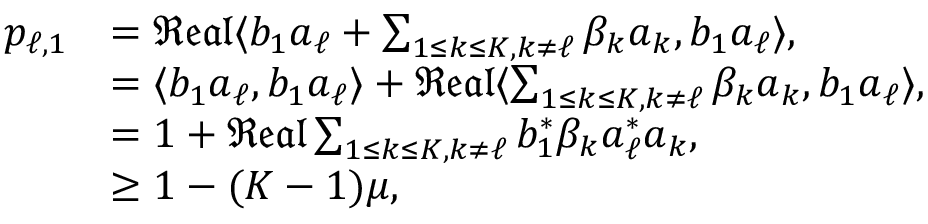
\begin{array} { r l } { p _ { \ell , 1 } } & { = \mathfrak { R e a l } \langle b _ { 1 } \ensuremath { \boldsymbol { a } } _ { \ell } + \sum _ { 1 \leq k \leq K , k \neq \ell } \beta _ { k } \ensuremath { \boldsymbol { a } } _ { k } , b _ { 1 } \ensuremath { \boldsymbol { a } } _ { \ell } \rangle , } \\ & { = \langle b _ { 1 } \ensuremath { \boldsymbol { a } } _ { \ell } , b _ { 1 } \ensuremath { \boldsymbol { a } } _ { \ell } \rangle + \mathfrak { R e a l } \langle \sum _ { 1 \leq k \leq K , k \neq \ell } \beta _ { k } \ensuremath { \boldsymbol { a } } _ { k } , b _ { 1 } \ensuremath { \boldsymbol { a } } _ { \ell } \rangle , } \\ & { = 1 + \mathfrak { R e a l } \sum _ { 1 \leq k \leq K , k \neq \ell } b _ { 1 } ^ { * } \beta _ { k } \ensuremath { \boldsymbol { a } } _ { \ell } ^ { * } \ensuremath { \boldsymbol { a } } _ { k } , } \\ & { \geq 1 - ( K - 1 ) \mu , } \end{array}